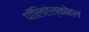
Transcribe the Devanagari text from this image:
पॉलिऐल्कोहल